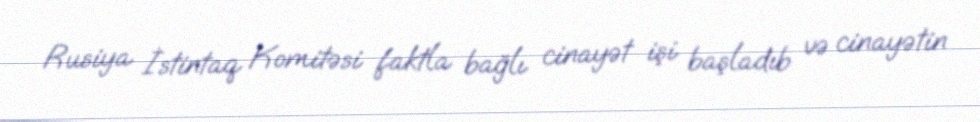
Rusiya İstintaq Komitəsi faktla bağlı cinayət işi başladıb və cinayətin